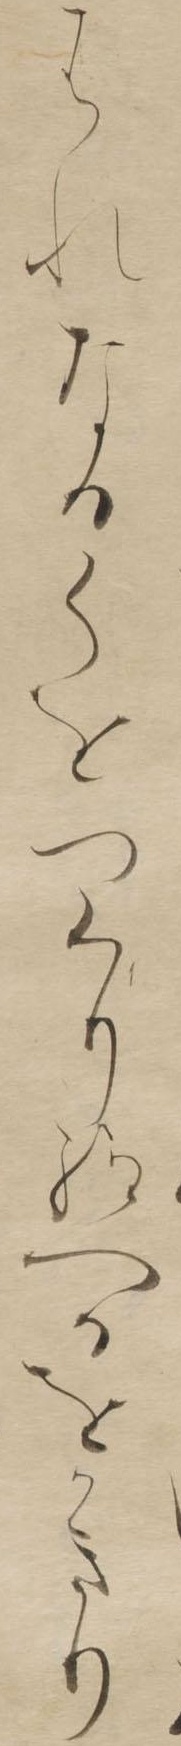
はれなるくをつくり給へるをかきり